system: You are a helpful assistant.
user:
Analyze the provided spectrum to determine if it is a **S-type Star**.

- **Key Indicators for S-type Star:**

    - **(Overall Spectrum Shape):** The first and most obvious characteristic is the overall continuum (the "baseline" shape). It is **extremely "red-sloping,"** meaning the flux (light intensity) is very low on the left side (blue, ~4000-4500 Å) and rises steeply and continuously toward the right side (red, ~7000 Å+).

    - **(Primary):** The spectrum is defined by the presence of strong, broad molecular absorption "valleys" (bands) from **Zirconium Oxide (ZrO)**. The identification of these bands is the **primary requirement** for classifying a star as S-type.
        - **(Key Bandheads):** You must find distinct, deep "dips" where the light has been absorbed. The most critical band systems to locate are:
            - **~6474 Å** ($\gamma$-system): This is often the strongest and clearest ZrO feature, found in the red part of the spectrum.
            - **~5718 Å** & **~5551 Å** ($\beta$-system): A pair of prominent absorption features in the yellow-orange part of the spectrum.
            - **~4640 Å** ($\alpha$-system): A key absorption band system in the blue-green region of the spectrum.

    - **(Secondary Confirmation):** The classification is strengthened by finding additional absorption bands from other related heavy element oxides, which are expected to be present alongside ZrO.
        - **(Key Bandheads):**
            - **Yttrium Oxide (YO):** Look for absorption dips near **~4800 Å** and **~6100 Å**.
            - **Lanthanum Oxide (LaO):** Additional absorption features, particularly in the red-orange part of the spectrum, are also characteristic.

    - **(Line Profile):** The combination of the steep red continuum and these numerous, deep molecular bands (ZrO, YO, etc.) gives the entire spectrum a very **"chopped-up"** or **"bumpy"** appearance. Instead of a smooth curve, the spectrum looks as though large, wide chunks of light have been "carved out" of it at the specific wavelengths listed above.

Think first, call **spectral_visualization_tool** if needed to examine features in detail, then provide your final answer. Your response must adhere to the following strict rules:
1.  **Overall Structure:** Your response must follow the format `<think>...</think> <tool_call>...</tool_call> (if a tool is used) <answer>...</answer>`.
2.  **Tool Usage Constraint:** You may only make **one** tool call per turn.
3.  **Final Answer Format:** In the `<answer>` tag, your conclusion must be inside a `\boxed{}` command (e.g., `\boxed{YES}` or `\boxed{NO}`), followed by your justification.

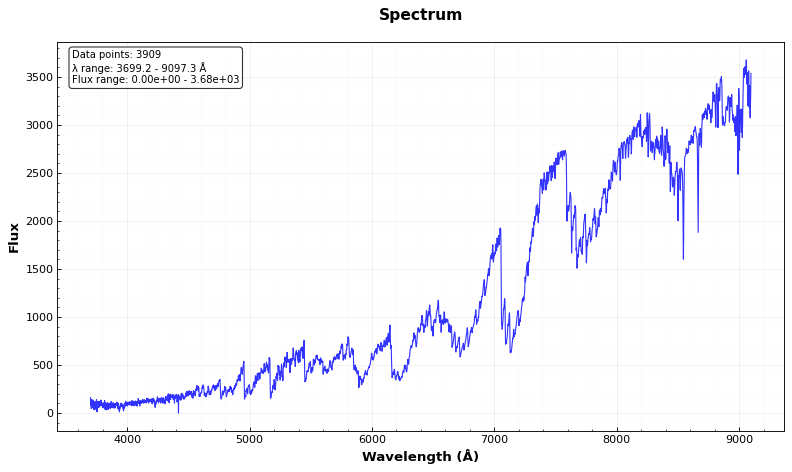
Answer: YES